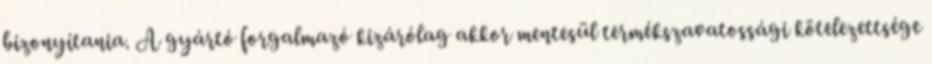
bizonyítania. A gyártó forgalmazó kizárólag akkor mentesül termékszavatossági kötelezettsége